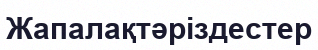
Жапалақтәріздестер